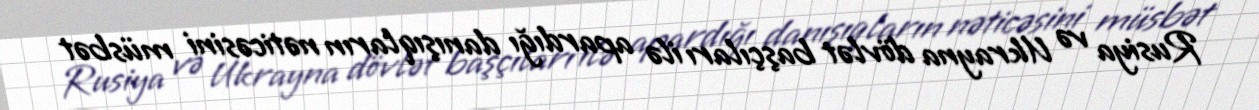
Rusiya və Ukrayna dövlət başçıları ilə apardığı danışıqların nəticəsini müsbət